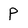
Character: P